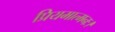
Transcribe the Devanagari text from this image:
प्रियमात्मनः।